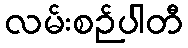
လမ်းစဉ်ပါတီ